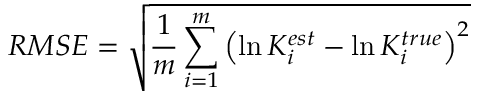
R M S E = \sqrt { \frac { 1 } { m } \sum _ { i = 1 } ^ { m } \left( \ln K _ { i } ^ { e s t } - \ln K _ { i } ^ { t r u e } \right) ^ { 2 } }